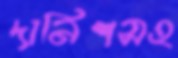
দানিশসহ